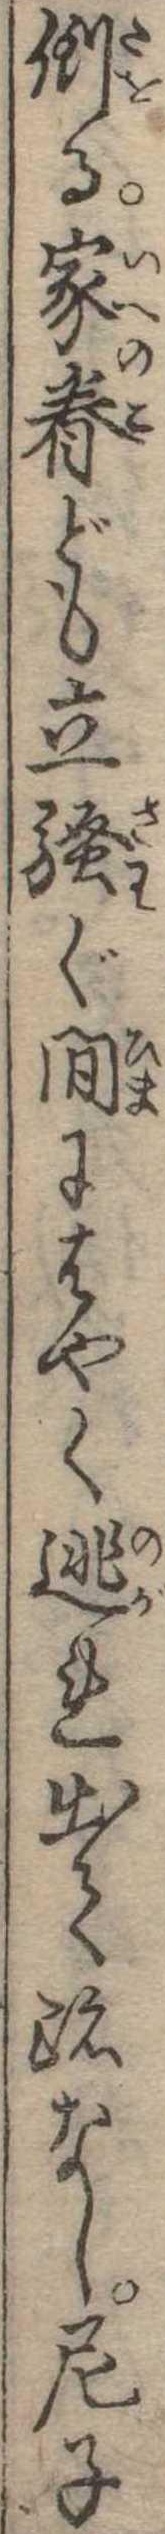
倒る家眷ども立騒ぐ間にはやく逃れ出て跡なし尼子